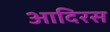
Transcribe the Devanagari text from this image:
आदिरस